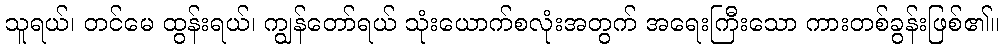
သူရယ်၊ တင်မေ ထွန်းရယ်၊ ကျွန်တော်ရယ် သုံးယောက်စလုံးအတွက် အရေးကြီးသော ကားတစ်ခွန်းဖြစ်၏။